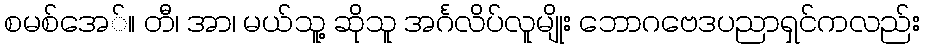
စမစ်အေ်။ တီ၊ အာ၊ မယ်သူ့ ဆိုသူ အင်္ဂလိပ်လူမျိုး ဘောဂဗေဒပညာရှင်ကလည်း